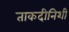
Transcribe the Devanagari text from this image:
ताकदीनिशी